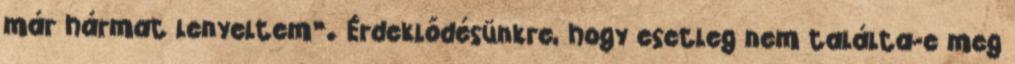
már hármat lenyeltem”. Érdeklődésünkre, hogy esetleg nem találta-e meg